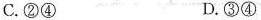
C.②④ D.③④